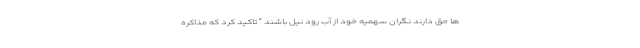
ها حق دارند نگران سهمیه خود از آب رود نیل باشند " تاکید کرد که مذاکره